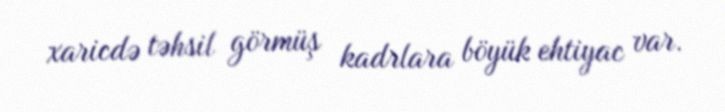
xaricdə təhsil görmüş kadrlara böyük ehtiyac var.